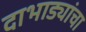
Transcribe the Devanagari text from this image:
दाभाड्यांचा